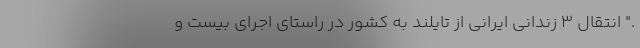
." انتقال 3 زندانی ایرانی از تایلند به کشور در راستای اجرای بیست و